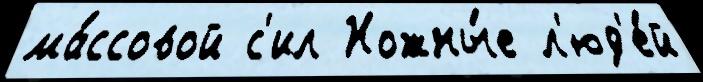
ма́ссовой с'ил Ножны́е л'юд'е́й